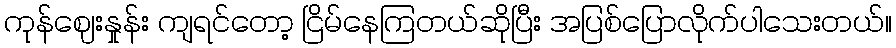
ကုန်ဈေးနှုန်း ကျရင်တော့ ငြိမ်နေကြတယ်ဆိုပြီး အပြစ်ပြောလိုက်ပါသေးတယ်။